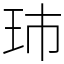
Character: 㺻